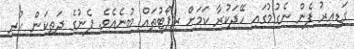
ގަޑިއިރު ފެން ނެގުމުގައި ހޭދަކުރާ ކަމަށް ރިޕޯޓުތައް ބުނެއެވެ. ފެނުގެ ދަތިކަން ހުރި